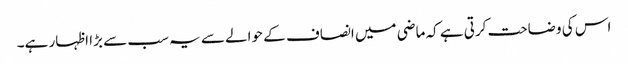
اس کی وضاحت کرتی ہے کہ ماضی میں انصاف کے حوالے سے یہ سب سے بڑا اظہار ہے۔